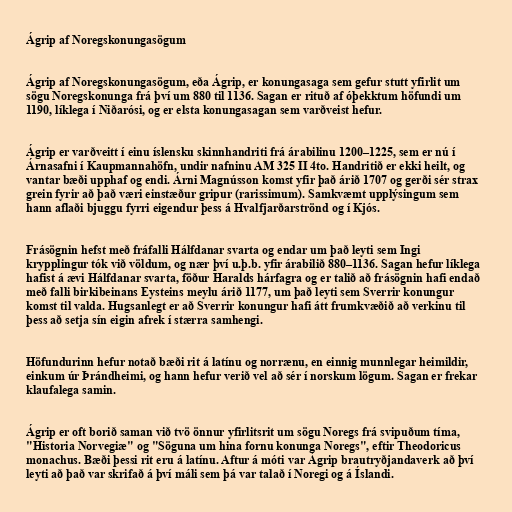
Ágrip af Noregskonungasögum

Ágrip af Noregskonungasögum, eða Ágrip, er konungasaga sem gefur stutt yfirlit um
sögu Noregskonunga frá því um 880 til 1136. Sagan er rituð af óþekktum höfundi um
1190, líklega í Niðarósi, og er elsta konungasagan sem varðveist hefur.

Ágrip er varðveitt í einu íslensku skinnhandriti frá árabilinu 1200–1225, sem er nú í
Árnasafni í Kaupmannahöfn, undir nafninu AM 325 II 4to. Handritið er ekki heilt, og
vantar bæði upphaf og endi. Árni Magnússon komst yfir það árið 1707 og gerði sér strax
grein fyrir að það væri einstæður gripur (rarissimum). Samkvæmt upplýsingum sem
hann aflaði bjuggu fyrri eigendur þess á Hvalfjarðarströnd og í Kjós.

Frásögnin hefst með fráfalli Hálfdanar svarta og endar um það leyti sem Ingi
krypplingur tók við völdum, og nær því u.þ.b. yfir árabilið 880–1136. Sagan hefur líklega
hafist á ævi Hálfdanar svarta, föður Haralds hárfagra og er talið að frásögnin hafi endað
með falli birkibeinans Eysteins meylu árið 1177, um það leyti sem Sverrir konungur
komst til valda. Hugsanlegt er að Sverrir konungur hafi átt frumkvæðið að verkinu til
þess að setja sín eigin afrek í stærra samhengi.

Höfundurinn hefur notað bæði rit á latínu og norrænu, en einnig munnlegar heimildir,
einkum úr Þrándheimi, og hann hefur verið vel að sér í norskum lögum. Sagan er frekar
klaufalega samin.

Ágrip er oft borið saman við tvö önnur yfirlitsrit um sögu Noregs frá svipuðum tíma,
"Historia Norvegiæ" og "Söguna um hina fornu konunga Noregs", eftir Theodoricus
monachus. Bæði þessi rit eru á latínu. Aftur á móti var Ágrip brautryðjandaverk að því
leyti að það var skrifað á því máli sem þá var talað í Noregi og á Íslandi.